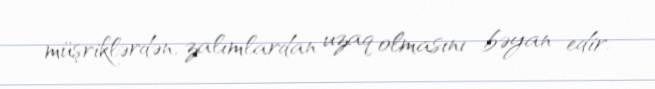
müşriklərdən, zalımlardan uzaq olmasını bəyan edir.